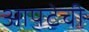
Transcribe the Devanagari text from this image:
आपटेची